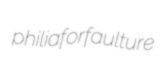
philia forfaulture